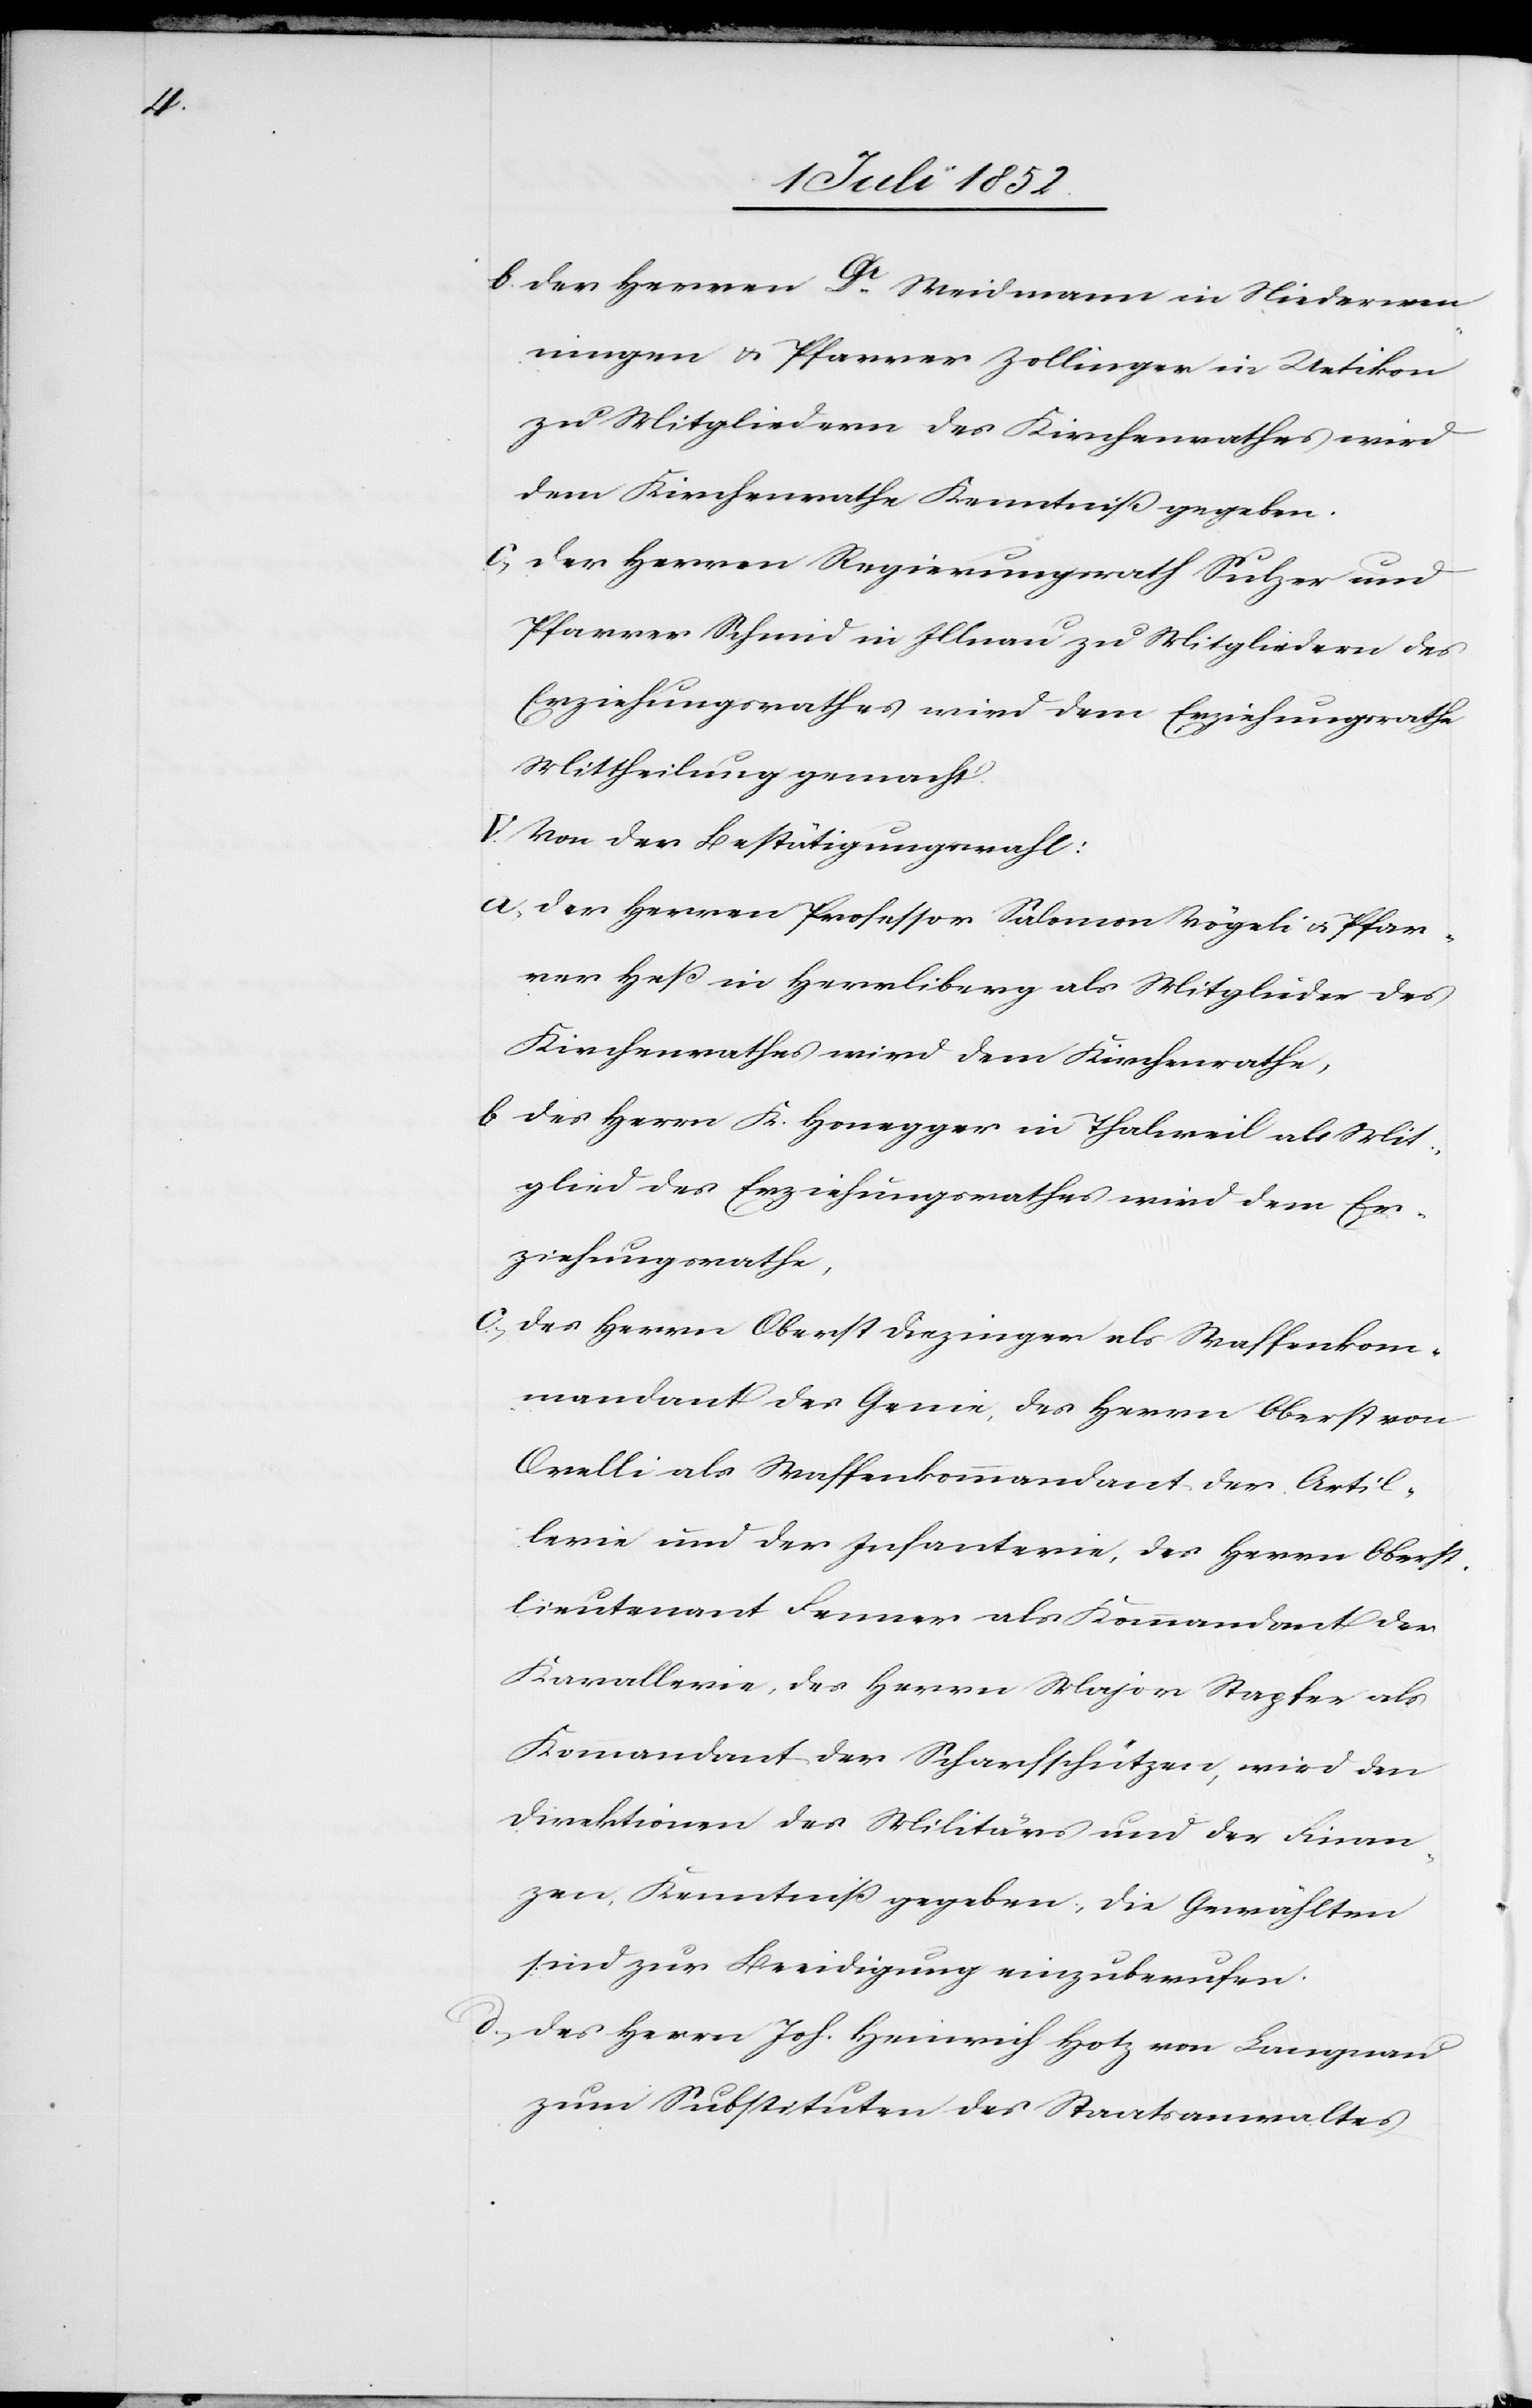
der Herren Dr. Weidmann in Niederwen¬
ningen & Pfarrer Zollinger in Uetikon
zu Mitgliedern des Kirchenrathes wird
dem Kirchenrathe Kenntniß gegeben.
der Herren Regierungsrath Sulzer und
Pfarrer Schmid in Illnau zu Mitgliedern des
Erziehungsrathes wird dem Erziehungsrathe
Mittheilung gemacht.
V. Von der Bestätigungswahl:
der Herren Professor Salomon Vögeli & Pfar¬
rer Heß in Herrliberg als Mitglieder des
Kirchenrathes wird dem Kirchenrathe,
des Herrn K. Honegger in Thalweil als Mit¬
glied des Erziehungsrathes wird dem Er¬
ziehungsrathe,
des Herrn Oberst Diezinger als Waffenkom¬
mandant des Genie, des Herrn Oberst von
Orelli als Waffenkommandant der Artil¬
lerie und der Infanterie, des Herrn Oberst¬
lieutenant Fenner als Kommandant der
Kavallerie, des Herrn Major Stapfer als
Kommandant der Scharfschützen, wird den
Direktionen des Militärs und der Finan¬
zen, Kenntniß gegeben, die Gewählten
sind zur Beeidigung einzuberufen.
des Herrn Joh. Heinrich Hotz von Langnau
zum Substituten des Staatsanwaltes